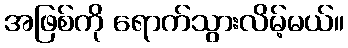
အဖြစ်ကို ရောက်သွားလိမ့်မယ်။